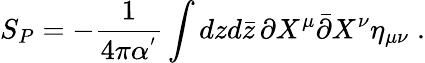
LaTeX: S_{P}=-\frac{1}{4\pi\alpha^{'}}\int dzd\bar{z}\, \partial X^{\mu}\bar{\partial}X^{\nu}\eta_{\mu\nu}\; .